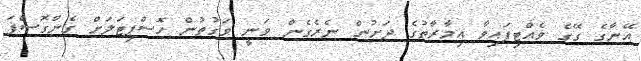
އޭނާގެ ގޭގެ ވެއްޓިފައިވާ އިމާރާތުގެ ދަށުން ނެރެގެން ވަނީ ވަގުތުން ހޮސްޕިޓަަލަށް ގެންގޮސްފަ